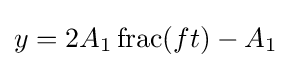
y=2A_{1}\operatorname {frac} (ft)-A_{1}